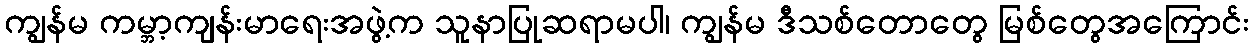
ကျွန်မ ကမ္ဘာ့ကျန်းမာရေးအဖွဲ့က သူနာပြုဆရာမပါ၊ ကျွန်မ ဒီသစ်တောတွေ မြစ်တွေအကြောင်း